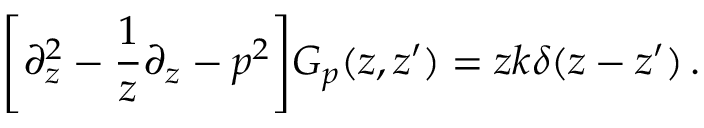
\Bigg [ \partial _ { z } ^ { 2 } - \frac { 1 } { z } \partial _ { z } - p ^ { 2 } \Bigg ] G _ { p } ( z , z ^ { \prime } ) = z k \delta ( z - z ^ { \prime } ) \, .